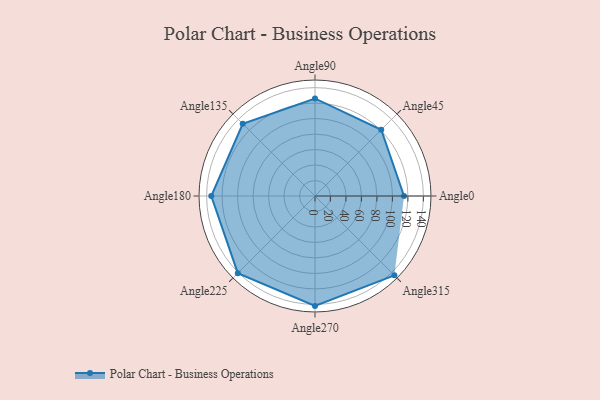
{"axis": {"x": "Angle", "y": "Radius"}, "legend": [""], "data": [{"x": "Angle0", "y": 115.0, "type": ""}, {"x": "Angle45", "y": 121.0, "type": ""}, {"x": "Angle90", "y": 126.0, "type": ""}, {"x": "Angle135", "y": 132.0, "type": ""}, {"x": "Angle180", "y": 134.0, "type": ""}, {"x": "Angle225", "y": 141.0, "type": ""}, {"x": "Angle270", "y": 142.0, "type": ""}, {"x": "Angle315", "y": 145.0, "type": ""}]}